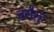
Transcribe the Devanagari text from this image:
बगैरह